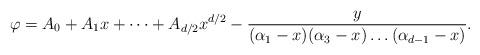
LaTeX: \begin{align*}\varphi=A_0+A_1x+\dots+A_{d/2}x^{d/2}-\frac{y}{(\alpha_1-x)(\alpha_3-x)\dots(\alpha_{d-1}-x)}.\end{align*}